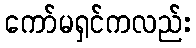
ကော်မရှင်ကလည်း